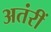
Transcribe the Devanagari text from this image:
अतंरीं